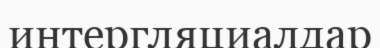
интергляциалдар